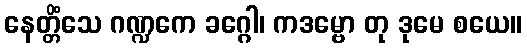
နေတ္တိံသေ ဂဏ္ဍကေ ခဂ္ဂေါ၊ ကဒမ္ဗော တု ဒုမေ စယေ။